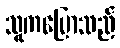
သူကပြောသည်